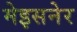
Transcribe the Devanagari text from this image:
मेइसनेर